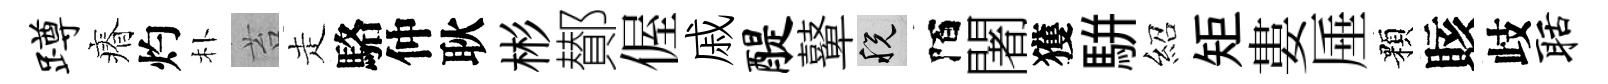
蹲瘠灼朴苔走駱仲耿彬鄼偓戚醍鼙税陌闍獲駢紹矩婁厜顆賅歧聒